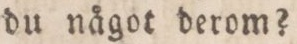
du något derom?